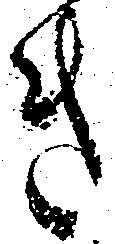
き